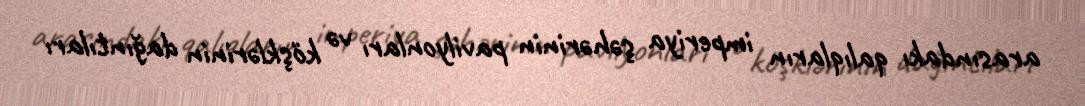
arasındakı qalıqların imperiya şəhərinin pavilyonları və köşklərinin dağıntıları